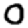
Digit: 0